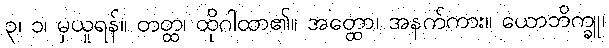
၃၊ ၁၊ မှယူရန်။ တတ္ထ၊ ထိုဂါထာ၏။ အတ္ထော၊ အနက်ကား။ ယောဘိက္ခူ၊